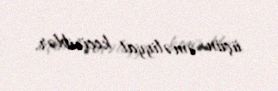
üçün əməliyyat keçiriblər.